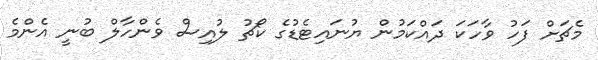
މެޗަށް ފަހު ވާހަކަ ދައްކަމުން ޔުނައިޓެޑުގެ ކޯޗު ލުއިސް ވެންހާލް ބުނީ އެންމެ